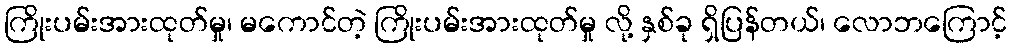
ကြိုးပမ်းအားထုတ်မှု၊ မကောင်တဲ့ ကြိုးပမ်းအားထုတ်မှု လို့ နှစ်ခု ရှိပြန်တယ်၊ လောဘကြောင့်